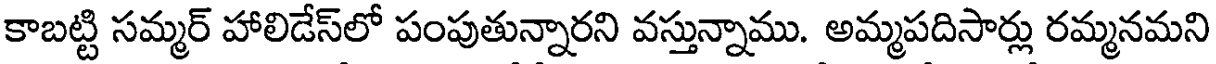
కాబట్టి సమ్మర్ హాలిడేస్లో పంపుతున్నారని వస్తున్నాము. అమ్మపదిసార్లు రమ్మనమని